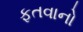
ફતવાનો